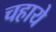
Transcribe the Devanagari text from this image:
चहाये